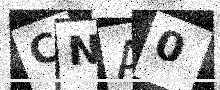
Text: CNA0